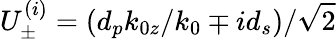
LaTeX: U_{\pm}^{(i)}=\left(d_{p}k_{0z}/k_{0}\mp id_{s}\right)/\sqrt{2}